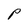
Character: P